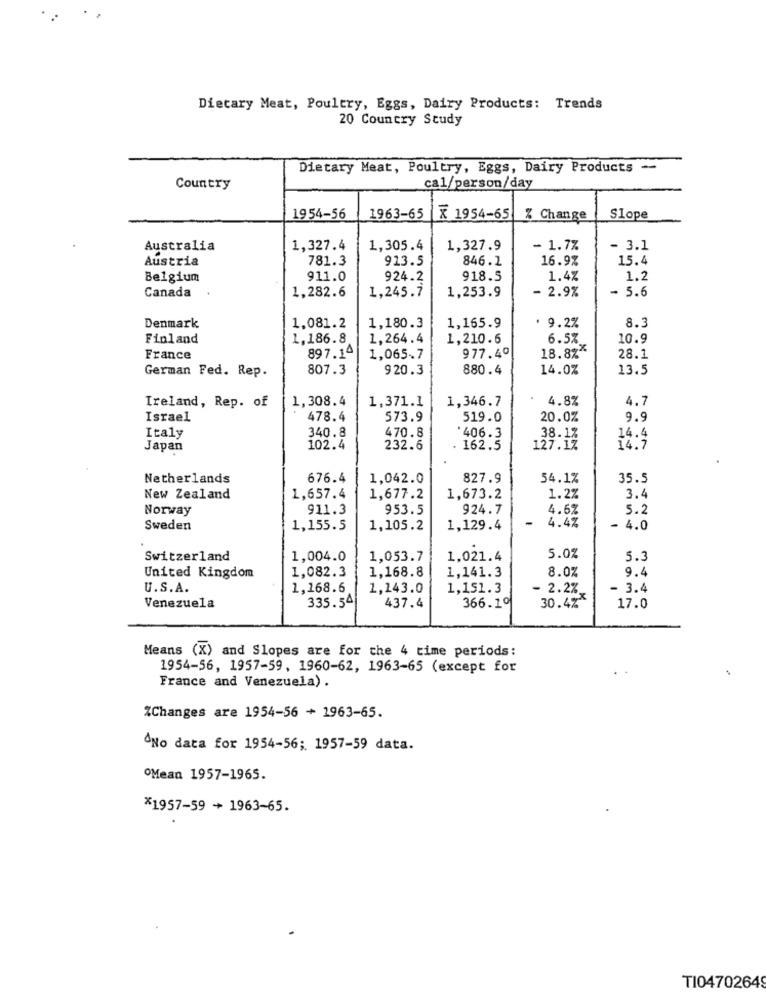
Diecary Meat, Poultry, Eggs, Dairy Products: Trends
20 Country Study
Dietary Meat, Poultry, Eggs, Dairy Products -
Country
cal/person/day
1954-56
1963-65
X 1954-65
% Change
Slope
Australia
1,327.4
1,305.4
1,327.9
- 1.7%
- 3.1
Austria
781.3
913.5
846.1
16.9%
15.4
Belgium
911.0
924.2
918.5
1.4%
1.2
1,282.6
1,253.9
- 2.9%
- 5.6
Canada
1,245.7
1,081.2
1,165.9
8.3
Denmark
1,180.3
. 9.2%
Finland
1.186.8
1,264.4
1,210.6
6.5%
10.9
897.14
18.8%*
France
1,065.7
977.4º
28.1
German Fed. Rep.
807.3
920.3
880.4
14.0%
13.5
1,308.4
1,371.1
1,346.7
4.8%
4.7
Ireland, Rep. of
Israel
478.4
573.9
519.0
20.0%
9.9
340.8
470.8
14.4
Italy
406.3
38.1%
Japan
102.4
232.6
162.5
127.12
14.7
Netherlands
676.4
1,042.0
827.9
54.1%
35.5
3.4
New Zealand
1,657.4
1,677.2
1,673.2
1.2%
Norway
911.3
953.5
924.7
4.6%
5.2
4.4%
Sweden
1,155.5
1,105.2
1,129.4
- 4.0
Switzerland
1,004.0
1,053.7
1,021.4
5.0%
5.3
1,082.3
1,168.8
1,141.3
8.0%
9.4
United Kingdom
U.S.A.
1,168.6
1,143.0
1,151.3
- 2.2%,
- 3.4
335.54
366.1º
Venezuela
437.4
30.4%
17.0
Means (X) and Slopes are for the 4 time periods:
1954-56, 1957-59, 1960-62, 1963-65 (except for
France and Venezuela) .
ZChanges are 1954-56 + 1963-65.
No data for 1954-56; 1957-59 data.
ºMean 1957-1965.
*1957-59 + 1963-65.
T104702649